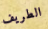
الطريف